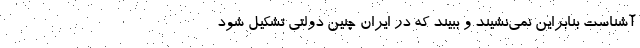
آشناست بنابراین نمی‌نشیند و ببیند که در ایران چنین دولتی تشکیل شود